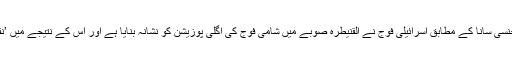
شامی نیوز ایجنسی سانا کے مطابق اسرائیلی فوج نے القنیطرہ صوبے میں شامی فوج کی اگلی پوزیشن کو نشانہ بنایا ہے اور اس کے نتیجے میں ’نقصان‘ ہوا ہے۔